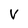
Character: V